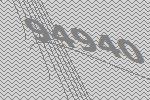
94940